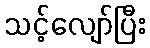
သင့်လျော်ပြီး